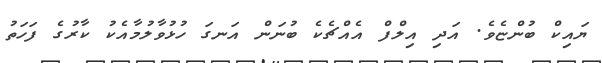
ޔައިކް ބުންޏެވެ. އަދި އިލްފް އެއްޗެކެ ބުނަން އަނގަ ހުޅުވާލުމާއެކު ކާރުގެ ފަހަތު